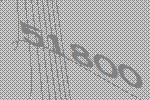
51800